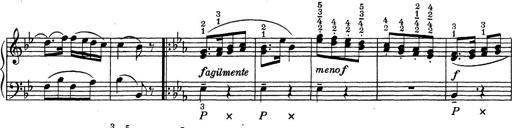
Title: ÄŒeskÃ© Sonatiny
Composer: Various